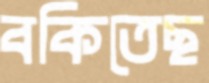
বকিতেছ